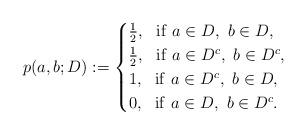
LaTeX: \begin{align*}p(a,b;D):= \begin{cases} \frac{1}{2}, ~~{\rm if}~a\in D,~b\in D,\\\frac{1}{2}, ~~{\rm if}~a\in D^c,~b\in D^c,\\1, ~~{\rm if}~a\in D^c,~b\in D,\\0, ~~{\rm if}~a\in D,~b\in D^c.\end{cases}\end{align*}